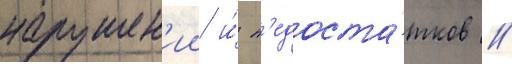
нарушен'ии и́ н'едоста́тков //